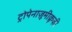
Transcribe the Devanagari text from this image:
ट्रोपेनाज़ूमीक्रूज़ी